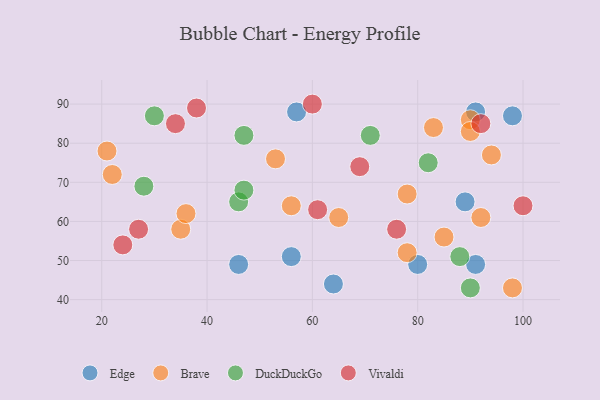
{"axis": {"x": "GDP", "y": "Life Expectancy"}, "legend": ["Brave", "DuckDuckGo", "Edge", "Vivaldi"], "data": [{"x": "46", "y": 49, "type": "Edge"}, {"x": "56", "y": 51, "type": "Edge"}, {"x": "91", "y": 88, "type": "Edge"}, {"x": "80", "y": 49, "type": "Edge"}, {"x": "98", "y": 87, "type": "Edge"}, {"x": "91", "y": 49, "type": "Edge"}, {"x": "57", "y": 88, "type": "Edge"}, {"x": "89", "y": 65, "type": "Edge"}, {"x": "64", "y": 44, "type": "Edge"}, {"x": "98", "y": 43, "type": "Brave"}, {"x": "35", "y": 58, "type": "Brave"}, {"x": "85", "y": 56, "type": "Brave"}, {"x": "53", "y": 76, "type": "Brave"}, {"x": "22", "y": 72, "type": "Brave"}, {"x": "21", "y": 78, "type": "Brave"}, {"x": "83", "y": 84, "type": "Brave"}, {"x": "78", "y": 67, "type": "Brave"}, {"x": "94", "y": 77, "type": "Brave"}, {"x": "65", "y": 61, "type": "Brave"}, {"x": "78", "y": 52, "type": "Brave"}, {"x": "90", "y": 86, "type": "Brave"}, {"x": "92", "y": 61, "type": "Brave"}, {"x": "36", "y": 62, "type": "Brave"}, {"x": "56", "y": 64, "type": "Brave"}, {"x": "90", "y": 83, "type": "Brave"}, {"x": "47", "y": 82, "type": "DuckDuckGo"}, {"x": "28", "y": 69, "type": "DuckDuckGo"}, {"x": "88", "y": 51, "type": "DuckDuckGo"}, {"x": "71", "y": 82, "type": "DuckDuckGo"}, {"x": "46", "y": 65, "type": "DuckDuckGo"}, {"x": "90", "y": 43, "type": "DuckDuckGo"}, {"x": "47", "y": 68, "type": "DuckDuckGo"}, {"x": "30", "y": 87, "type": "DuckDuckGo"}, {"x": "82", "y": 75, "type": "DuckDuckGo"}, {"x": "24", "y": 54, "type": "Vivaldi"}, {"x": "34", "y": 85, "type": "Vivaldi"}, {"x": "27", "y": 58, "type": "Vivaldi"}, {"x": "92", "y": 85, "type": "Vivaldi"}, {"x": "60", "y": 90, "type": "Vivaldi"}, {"x": "38", "y": 89, "type": "Vivaldi"}, {"x": "100", "y": 64, "type": "Vivaldi"}, {"x": "76", "y": 58, "type": "Vivaldi"}, {"x": "69", "y": 74, "type": "Vivaldi"}, {"x": "61", "y": 63, "type": "Vivaldi"}]}